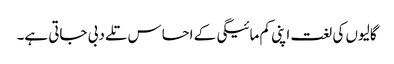
گالیوں کی لغت اپنی کم مائیگی کے احساس تلے دبی جاتی ہے۔